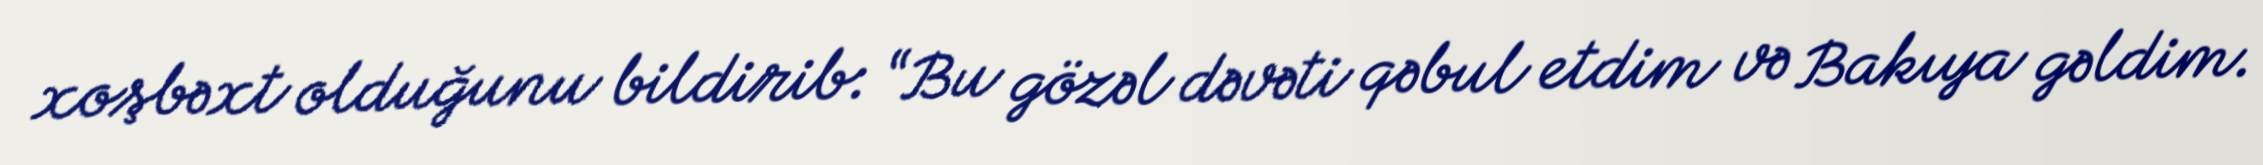
xoşbəxt olduğunu bildirib: “Bu gözəl dəvəti qəbul etdim və Bakıya gəldim.